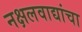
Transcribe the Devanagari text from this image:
नक्षलवाद्यांचा